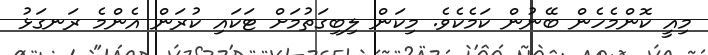
މިއީ ކޮންމެހެން ބޭނުން ކަމެކެވެ. މިކަން ލިބިގަތުމަށް ޓަކައި ކުރަން އެންމެ ރަނގަޅު